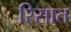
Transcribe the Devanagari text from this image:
रिसात